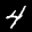
Label: 4